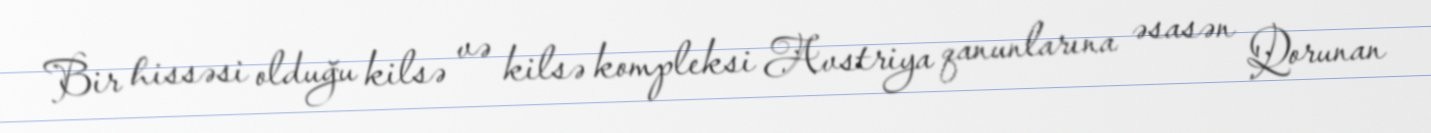
Bir hissəsi olduğu kilsə və kilsə kompleksi Avstriya qanunlarına əsasən Qorunan